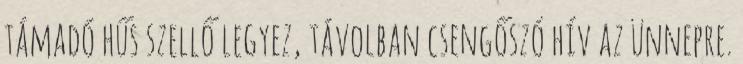
támadó hűs szellő legyez, távolban csengőszó hív az ünnepre.